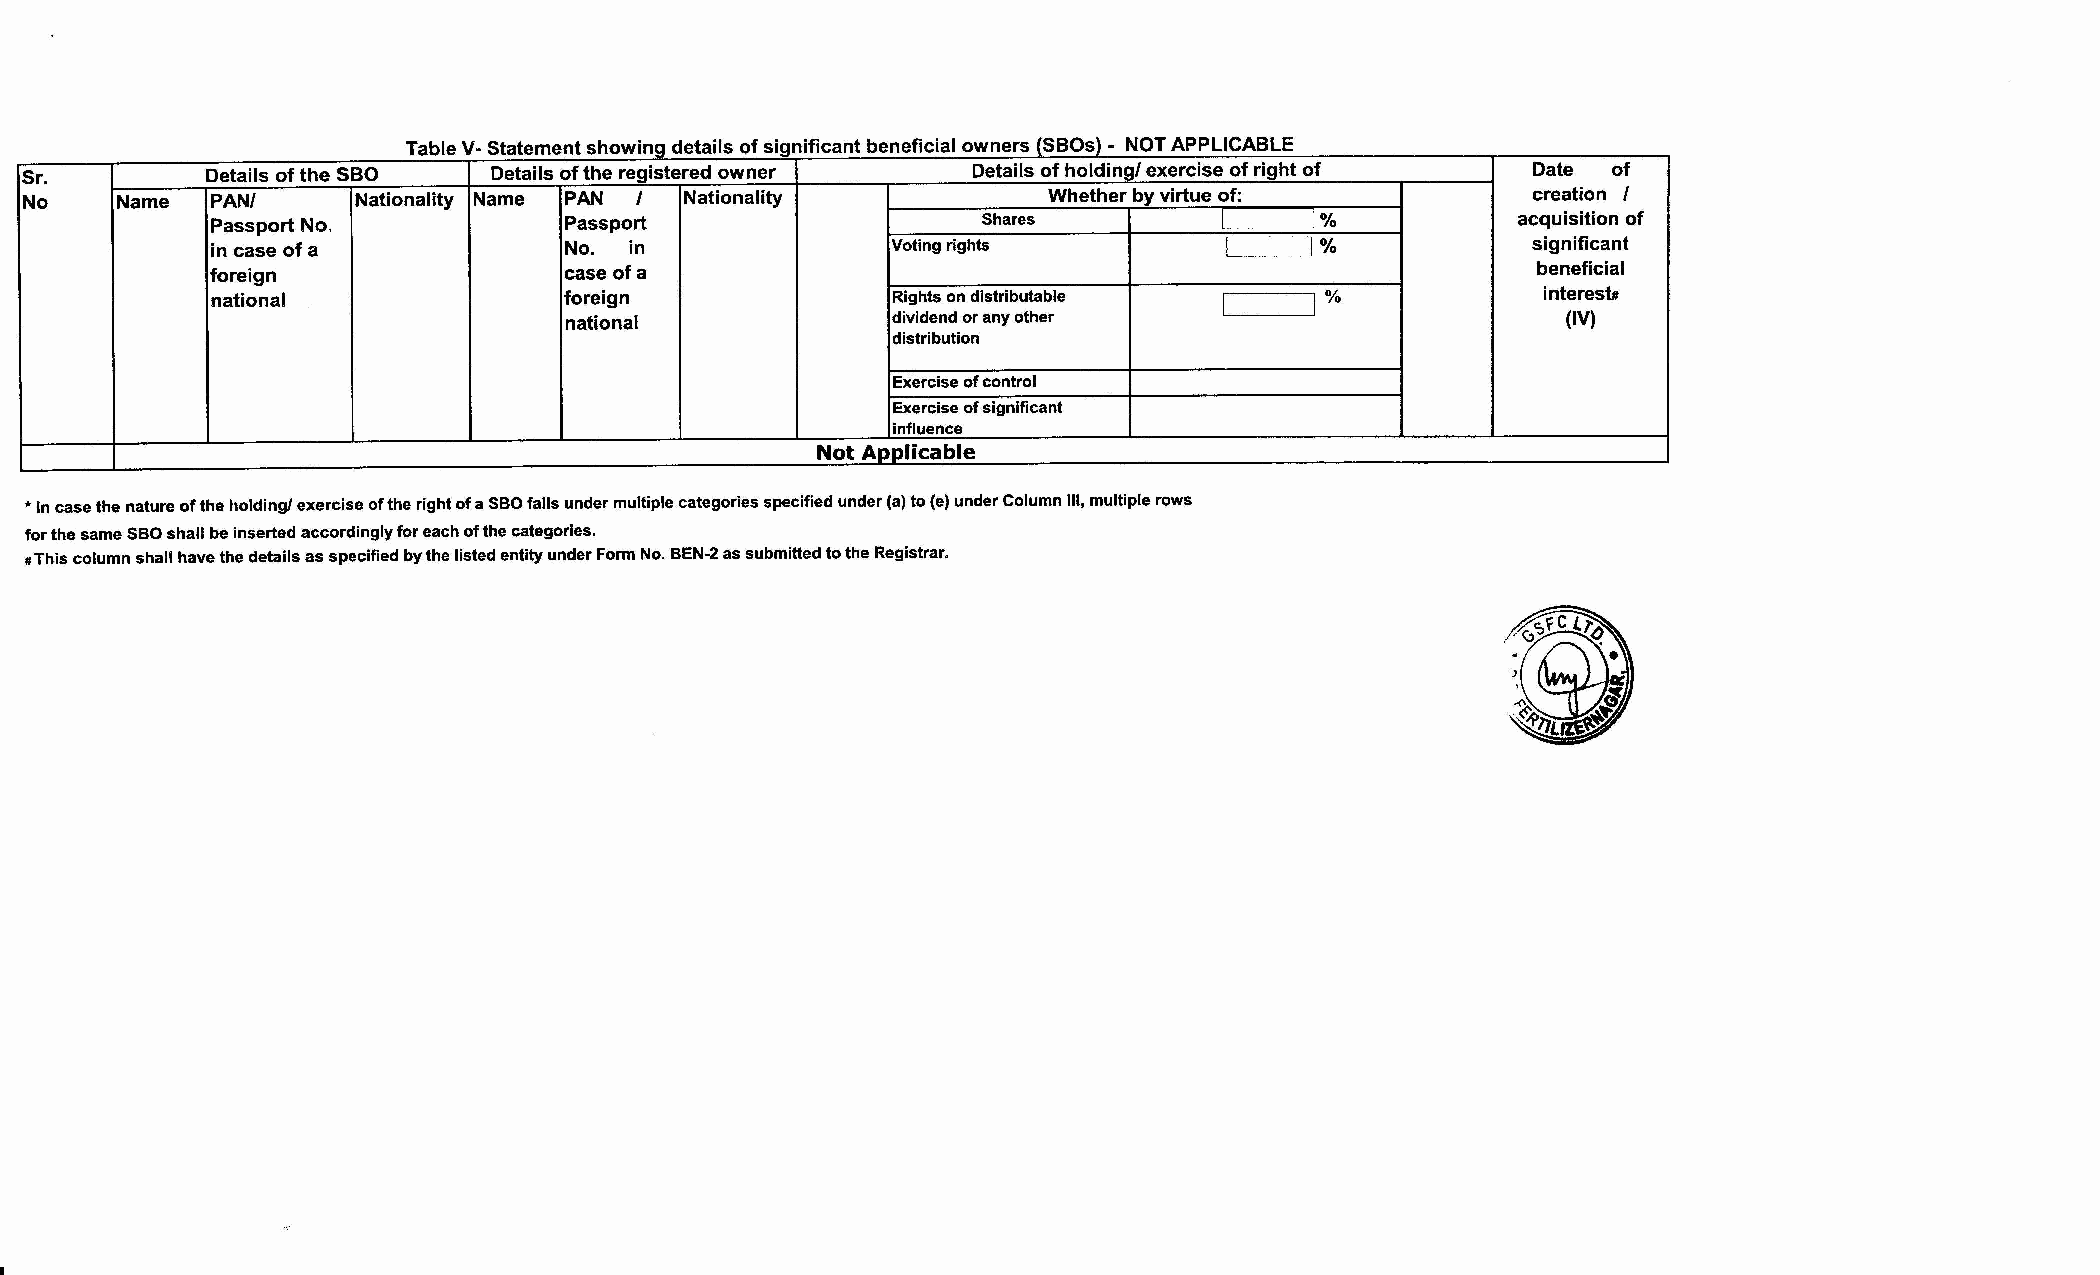
Table V-Statement showing deta1ls of significant beneficial owners SBOs) - NOT APPLICABLE
 Sr.          Details of the SBO Details of the registered owner Details of holding/ exercise of right of Date of
 No    Name  PAN/      Nationality Name PAN I Nationality           Whether by virtue of:            creation I
 Passport No.           Passport                    Shares          I     1%           acquisition of
 in case of a           No.  in               Voting rights         I     1%            significant
 foreign                case of a                                                        beneficial
 national               foreign               Rights on distributable I   1%             interest.
 national              dividend or any other                        (IV)
 distribution
 Exercise of control
 Exercise of significant
 influence
 Not Applicable
 • In case the nature of the holding/ exercise of the right of a SBO falls under multiple categories specified under (a) to (e) under Column Ill, multiple rows
 for the same SBO shall be inserted accordingly for each of the categories.
 • This column shall have the details as specified by the listed entity under Form No. BEN-2 as submitted to the Registrar.